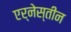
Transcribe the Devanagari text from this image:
एर्नेस्तीन